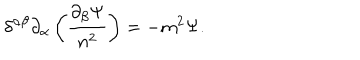
LaTeX: \delta ^ { \alpha \beta } \partial _ { \alpha } \left( \frac { \partial _ { \beta } \Psi } { n ^ { 2 } } \right) = - m ^ { 2 } \Psi .